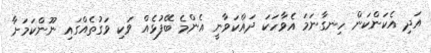
އަދި އެކަންކަން ހިނގާނަމަ އެވާހަކަ ދައްކަވާނީ އެންމެ ބޭފުޅެއް ވަކި ވަގުތެއްގައި ނޫންކަމަށާ